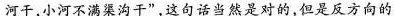
河干，小河不满渠沟干”，这句话当然是对的，但是反方向的